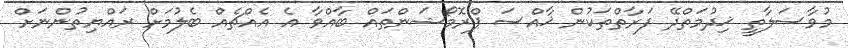
މުވާސަލާތީ ޚިދުމަތްދޭ ފަރާތްތަކުން ޚާއްސަ ޕްރޮމޯޝަންތައް ބާއްވާ އެ އެއްޗެއް ބެލުމަށް ރައްޔިތުންނަށް